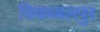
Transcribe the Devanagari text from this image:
चिकब्बलपुर